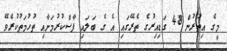
މީގެ އިތުރުން 48 ގަޑިއިރުގެ ތެރޭގައި އެ ގެ ބަލައި ފާސްކުރުމަށާއި ތުހުމަތުކުރެވޭ